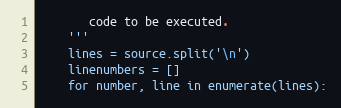
Language: Python
       code to be executed.
    '''
    lines = source.split('\n')
    linenumbers = []
    for number, line in enumerate(lines):